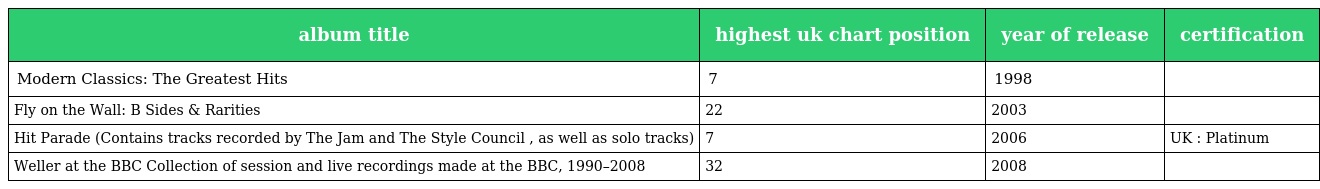
| album title | highest uk chart position | year of release | certification |
 | --- | --- | --- | --- |
 | Modern Classics: The Greatest Hits | 7 | 1998 |  |
 | Fly on the Wall: B Sides & Rarities | 22 | 2003 |  |
 | Hit Parade (Contains tracks recorded by The Jam and The Style Council , as well as solo tracks) | 7 | 2006 | UK : Platinum |
 | Weller at the BBC Collection of session and live recordings made at the BBC, 1990–2008 | 32 | 2008 |  |